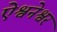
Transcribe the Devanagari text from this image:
ऐश्वनेश्वर